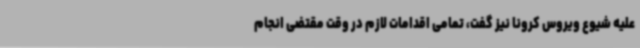
علیه شیوع ویروس کرونا نیز گفت، تمامی اقدامات لازم در وقت مقتضی انجام